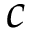
c